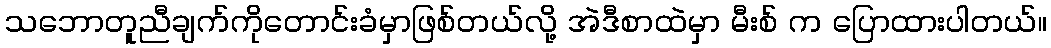
သဘောတူညီချက်ကိုတောင်းခံမှာဖြစ်တယ်လို့ အဲဒီစာထဲမှာ မီးစ် က ပြောထားပါတယ်။